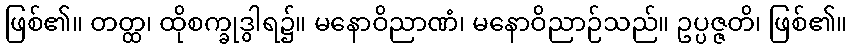
ဖြစ်၏။ တတ္ထ၊ ထိုစက္ခုဒွါရ၌။ မနောဝိညာဏံ၊ မနောဝိညာဉ်သည်။ ဥပ္ပဇ္ဇတိ၊ ဖြစ်၏။